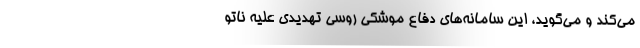
می‌کند و می‌گوید، این سامانه‌های دفاع موشکی روسی تهدیدی علیه ناتو